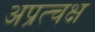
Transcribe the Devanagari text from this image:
अप्रत्चक्ष